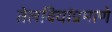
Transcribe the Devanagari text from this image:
तेलबियांप्रमाणे